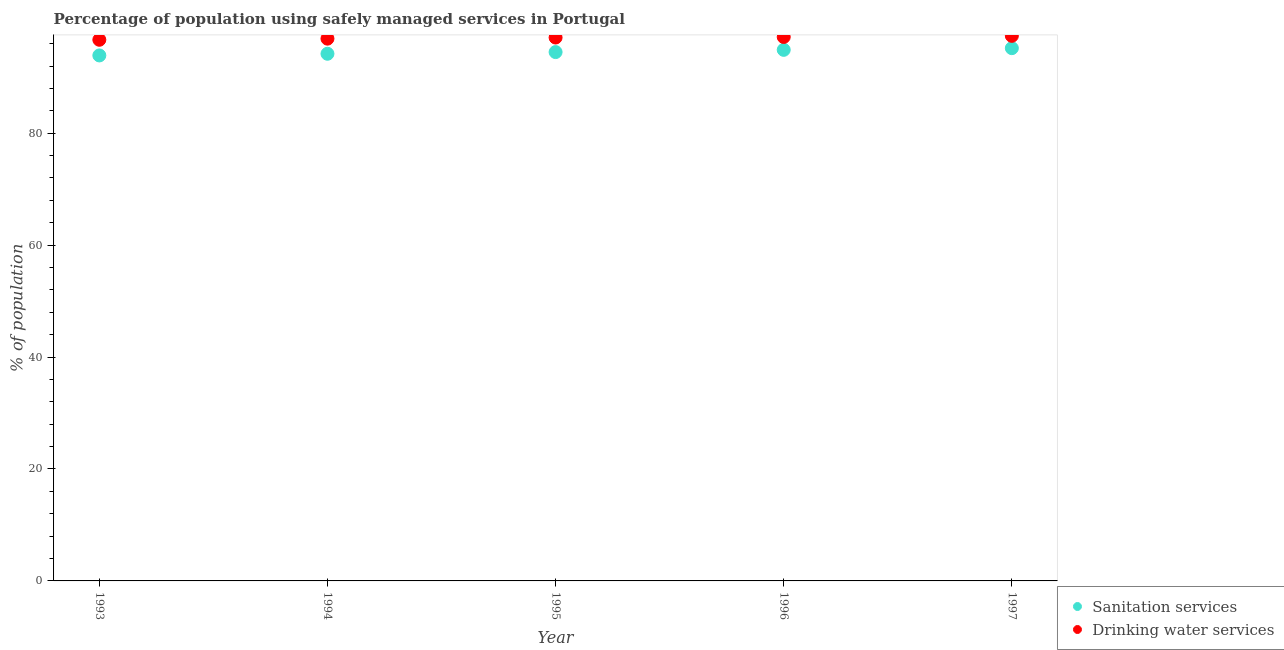
| Year | Sanitation services | Drinking water services |
 | --- | --- | --- |
 | 1993 | 93.9 | 96.7 |
 | 1994 | 94.2 | 96.9 |
 | 1995 | 94.5 | 97.1 |
 | 1996 | 94.9 | 97.2 |
 | 1997 | 95.2 | 97.4 |